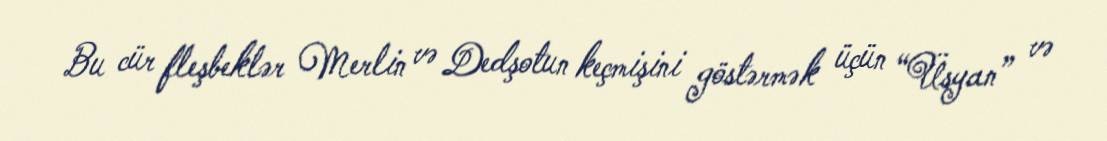
Bu cür fleşbeklər Merlin və Dedşotun keçmişini göstərmək üçün “Üsyan” və